Lunatic asylums Bombay report 1878-1890 - 1878-1890
Year: 1878
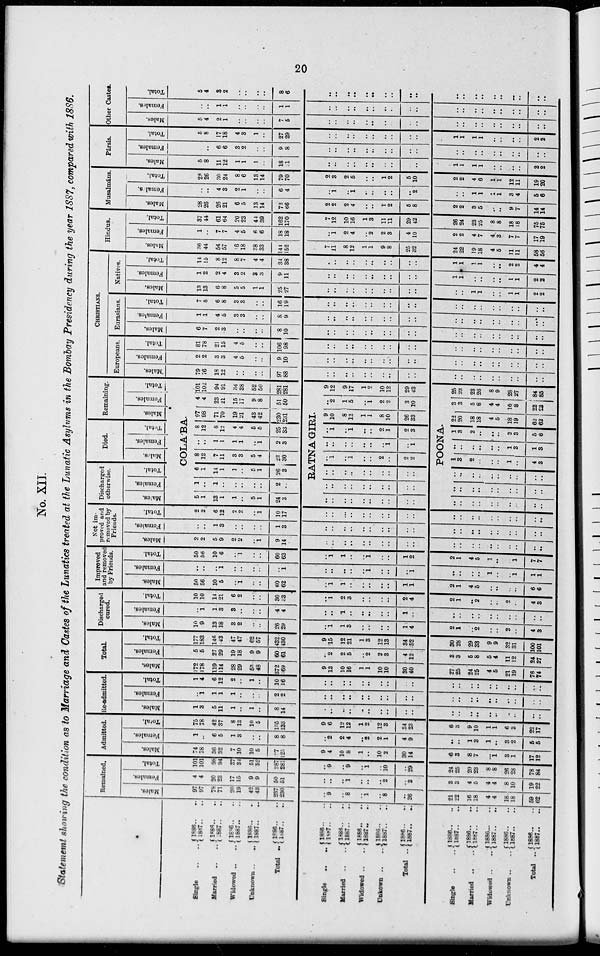
20
No. XII.
Statement showing the condition as to Marriage and Castes of the Lunatics treated at the Lunatic Asylums in the Bombay Presidency during the year 1887, compared with 1886.
Single.. ..
Married .. ..
Widowed.. ..
Unknown .. ..
Total ..
Single .. ..
Married.. ..
Widowed .. ..
Unkown .. ..
Total..
Single .. ..
Married.. ..
Widowed .. ..
Unknown .. ..
Total..
1886.. ..
1887.. ..
1886 .. ..
1887.. ..
1886 .. ..
1887.. ..
1886.. ..
1887.. ..
1886.. ..
1887.. ..
1886.. ..
1887.. ..
1886 .. ..
1887.. ..
1886 .. ..
1887.. ..
1886.. ..
1887.. ..
1886.. ..
1887.. ..
1886.. ..
1887.. ..
1886.. ..
1887.. ..
1886..
..
l887.. ..
1886.. ..
1887.. ..
1886.. ..
1887.. ..
Remained.
Males.
97
97
78
71
20
19
42
43
237
230
..
9
..
8
..
1
..
8
..
26
21
22
16
18
4
4
18
18
59
62
Females.
4
4
20
23
17
15
9
9
50
61
..
..
..
1
..
..
..
2
..
3
3
3
4
5
4
4
8
10
19
22
Total.
101
101
98
94
37
34
51
52
287
281
..
9
..
9
..
1
..
10
..
29
24
25
20
23
8
8
26
28
78
84
Admitted.
Males.
74
78
36
32
7
10
10
5
127
125
9
4
10
8
1
..
10
2
30
14
6
3
8
7
...
1
3
1
17
12
Females.
1
..
6
6
1
3
..
..
8
8
..
2
2
4
..
2
2
1
4
9
..
..
1
3
1
..
3
2
5
5
Total.
75
78
42
37
8
13
10
5
135
133
9
6
12
12
1
2
12
3
34
23
6
3
9
10
1
1
6
3
22
17
Re-admitted.
Males.
1
3
5
11
1
..
1
..
8
14
..
..
..
..
..
..
..
..
..
..
..
..
..
..
..
..
..
..
..
..
Females.
..
1
1
1
1
..
..
..
2
2
..
..
..
..
..
..
..
..
..
..
..
..
..
..
..
..
..
..
..
..
Total.
1
4
6
12
2
..
1
..
10
16
..
..
..
..
..
..
..
..
..
..
..
..
..
..
..
..
..
..
..
..
Total.
Males.
172
178
119
114
28
29
53
48
372
369
9
13
10
16
1
1
10
10
30
40
27
25
24
25
4
5
21
19
76
74
Females.
5
5
27
29
19
18
9
9
60
61
..
2
2
5
..
2
2
3
4
12
3
3
6
8
6
4
11
12
24
27
Total.
177
183
146
143
47
47
62
57
432
430
9
15
12
21
1
3
12
13
34
52
30
28
29
33
9
9
32
31
100
101
Discharged
cured.
Males.
10
9
13
18
3
2
..
..
26
29
..
1
1
3
..
..
..
..
1
4
2
1
..
2
..
..
2
..
4
3
Females.
..
1
1
3
3
..
..
..
4
4
..
..
1
..
..
..
..
..
1
..
..
..
..
..
..
..
..
..
..
..
Total.
10
10
14
21
6
2
..
..
30
33
..
1
2
3
..
..
..
..
2
4
2
1
..
2
..
..
2
..
4
3
Improved
and removed
by Friends.
Males.
50
56
10
5
..
1
..
..
60
62
..
1
1
..
..
..
..
..
1
1
2
1
4
5
..
..
..
..
6
6
Females.
..
..
..
1
..
..
..
..
..
1
..
..
..
..
..
1
..
..
..
1
..
..
..
..
1
..
..
1
1
1
Total.
50
56
10
6
..
1
..
..
60
63
..
1
1
..
..
1
..
..
1
2
2
1
4
5
1
..
1
7
7
Not im-
proved and
removed by
Friends.
Males.
2
2
5
9
2
2
..
1
9
14
..
..
..
..
..
..
..
..
..
..
..
..
..
..
..
..
..
..
..
Females.
..
..
1
3
..
..
..
..
1
3
..
..
..
..
..
..
..
..
..
..
..
..
..
..
..
..
..
..
..
Total.
2
2
6
12
2
2
1
10
17
..
..
..
..
..
..
..
..
..
..
..
..
..
..
..
..
..
..
..
Discharged
otherwise.
Males.
Females.
Total.
Died.
Males.
Females.
Total.
Remaining.
Males.
Females.
Total.
COLA'BA.
5
1
13
1
1
..
5
1
24
3
1
..
1
..
..
..
..
..
2
..
6
1
14
1
1
..
5
1
26
3
8
12
7
11
3
3
5
4
23
30
..
..
1
1
1
1
..
1
2
3
8
12
8
12
4
4
5
5
25
33
97
98
71
70
19
21
43
42
230
231
4
4
23
21
15
17
9
8
51
50
101
102
94
91
34
38
62
50
281
281
RATNAGIRI.
..
..
..
..
..
..
..
..
..
..
..
..
..
..
..
..
..
..
..
..
..
..
..
..
..
..
..
..
..
..
..
1
..
1
..
..
2
..
2
2
..
..
..
..
..
..
..
1
..
1
..
1
..
1
..
.
2
1
2
3
9
10
8
12
1
1
8
10
26
33
..
2
1
5
..
1
2
2
3
10
9
12
9
17
1
2
10
12
29
43
POONA.
..
..
..
..
..
..
..
..
..
..
..
..
..
..
..
..
..
..
..
..
..
..
..
..
..
..
..
1
3
2
..
..
1
..
4
3
..
..
..
..
..
1
3
1
3
1
3
2
..
..
2
3
5
6
22
20
18
18
4
5
18
19
62
62
3
3
5
8
4
4
10
8
22
23
25
23
23
26
8
9
28
27
84
86
CHRISTIANS.
Europeans.
Males.
79
76
I8
12
..
..
..
..
97
88
..
..
..
..
..
..
..
..
..
..
..
..
..
..
..
..
..
..
..
..
Females.
2
2
3
3
4
5
..
..
9
10
..
..
..
..
..
..
..
..
..
..
..
..
..
..
..
..
..
..
..
..
Total.
81
78
21
15
4
5
..
..
106
98
..
..
..
..
..
..
..
..
..
..
..
..
..
..
..
..
..
..
..
..
Eurasians.
Males.
6
7
2
3
..
..
..
..
8
10
..
..
..
..
..
..
..
..
..
..
..
..
..
..
..
..
..
..
..
..
Females.
1
1
4
5
3
3
..
..
8
9
..
..
..
..
..
..
..
..
..
..
..
..
..
..
..
..
..
..
..
..
Total.
7
8
6
8
3
3
..
..
16
19
..
..
..
..
..
..
..
..
..
..
..
..
..
..
..
..
..
..
..
..
Natives.
Males.
13
13
6
8
5
5
1
1
25
27
..
..
..
..
..
..
..
..
..
..
..
..
1
1
..
..
1
1
2
..
Females.
1
2
2
4
3
2
3
3
9
11
..
..
..
..
..
..
..
..
..
..
1
1
..
..
..
..
1
1
2
2
Total.
14
15
8
12
8
7
4
4
34
38
..
..
..
..
..
..
..
..
..
..
1
1
1
1
..
..
2
2
4
4
Hindus.
Males.
36
44
54
57
16
18
38
33
144
152
7
11
8
12
1
1
9
8
25
32
24
22
19
18
4
5
11
11
58
56
Females.
1
..
7
7
4
5
6
6
18
18
..
1
2
4
..
2
2
3
4
10
2
2
4
7
4
3
7
7
17
19
Total.
37
44
61
64
20
23
44
39
162
170
7
12
10
16
1
3
11
11
29
42
26
24
23
25
8
8
18
18
75
76
Musalmans.
Males.
28
26
26
21
6
5
13
14
73
66
2
2
2
4
..
..
1
2
5
8
2
2
3
6
..
..
9
7
14
14
Females.
..
..
4
3
2
1
..
..
6
4
..
1
..
1
..
..
..
..
..
2
..
..
1
1
1
1
3
4
5
6
Total.
28
26
30
24
8
6
13
14
79
70
2
3
2
5
..
..
1
2
5
10
2
2
4
6
1
1
12
11
19
20
Pársis.
Males.
5
8
11
12
1
1
1
..
18
1
..
..
..
..
..
..
..
..
..
..
1
1
1
1
..
..
..
..
2
2
Females.
..
..
6
6
3
2
..
..
9
8
..
..
..
..
..
..
..
..
..
..
..
..
..
..
..
..
..
..
..
..
Total.
5
8
17
18
4
3
1
..
27
29
..
..
..
..
..
..
..
..
..
..
1
1
1
1
..
..
..
..
2
2
Other Castes.
Males.
5
4
2
1
..
..
..
..
7
5
..
..
..
..
..
..
..
..
..
..
..
..
..
..
..
..
..
..
..
..
Females.
..
..
1
1
..
..
..
..
1
1
..
..
..
..
..
..
..
..
..
..
..
..
..
..
..
..
..
..
..
..
Total.
5
4
3
2
..
..
..
..
8
6
..
..
..
..
..
..
..
..
..
..
..
..
..
..
..
..
..
..
..
..